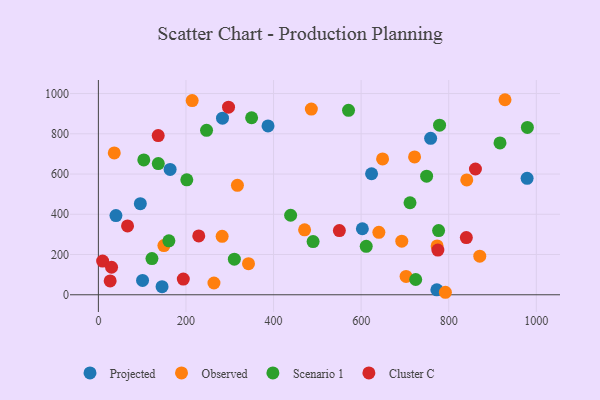
{"axis": {"x": "Investment", "y": "Exam Score"}, "legend": ["Cluster C", "Observed", "Projected", "Scenario 1"], "data": [{"x": "95.8", "y": 452.7, "type": "Projected"}, {"x": "602.8", "y": 328.1, "type": "Projected"}, {"x": "979.0", "y": 578.7, "type": "Projected"}, {"x": "623.8", "y": 601.5, "type": "Projected"}, {"x": "283.4", "y": 877.5, "type": "Projected"}, {"x": "145.4", "y": 40.0, "type": "Projected"}, {"x": "772.9", "y": 24.5, "type": "Projected"}, {"x": "758.7", "y": 777.5, "type": "Projected"}, {"x": "387.4", "y": 838.9, "type": "Projected"}, {"x": "100.9", "y": 71.5, "type": "Projected"}, {"x": "163.8", "y": 622.9, "type": "Projected"}, {"x": "40.1", "y": 393.4, "type": "Projected"}, {"x": "640.5", "y": 310.4, "type": "Observed"}, {"x": "870.9", "y": 191.7, "type": "Observed"}, {"x": "841.2", "y": 570.9, "type": "Observed"}, {"x": "263.9", "y": 58.4, "type": "Observed"}, {"x": "792.4", "y": 12.4, "type": "Observed"}, {"x": "317.5", "y": 543.9, "type": "Observed"}, {"x": "722.0", "y": 685.1, "type": "Observed"}, {"x": "649.0", "y": 675.2, "type": "Observed"}, {"x": "282.6", "y": 290.4, "type": "Observed"}, {"x": "342.8", "y": 154.5, "type": "Observed"}, {"x": "470.9", "y": 322.8, "type": "Observed"}, {"x": "149.6", "y": 244.5, "type": "Observed"}, {"x": "928.5", "y": 969.3, "type": "Observed"}, {"x": "486.3", "y": 922.7, "type": "Observed"}, {"x": "692.8", "y": 266.5, "type": "Observed"}, {"x": "773.5", "y": 242.8, "type": "Observed"}, {"x": "702.6", "y": 91.3, "type": "Observed"}, {"x": "36.3", "y": 705.1, "type": "Observed"}, {"x": "214.2", "y": 965.0, "type": "Observed"}, {"x": "724.6", "y": 75.8, "type": "Scenario 1"}, {"x": "103.7", "y": 670.0, "type": "Scenario 1"}, {"x": "776.9", "y": 319.1, "type": "Scenario 1"}, {"x": "749.5", "y": 589.4, "type": "Scenario 1"}, {"x": "439.0", "y": 395.2, "type": "Scenario 1"}, {"x": "247.0", "y": 817.2, "type": "Scenario 1"}, {"x": "711.6", "y": 457.3, "type": "Scenario 1"}, {"x": "161.0", "y": 268.2, "type": "Scenario 1"}, {"x": "571.2", "y": 916.6, "type": "Scenario 1"}, {"x": "122.3", "y": 180.1, "type": "Scenario 1"}, {"x": "310.5", "y": 177.0, "type": "Scenario 1"}, {"x": "979.6", "y": 831.7, "type": "Scenario 1"}, {"x": "201.9", "y": 571.0, "type": "Scenario 1"}, {"x": "136.8", "y": 651.8, "type": "Scenario 1"}, {"x": "611.6", "y": 241.0, "type": "Scenario 1"}, {"x": "917.1", "y": 754.7, "type": "Scenario 1"}, {"x": "779.1", "y": 842.6, "type": "Scenario 1"}, {"x": "349.9", "y": 879.8, "type": "Scenario 1"}, {"x": "490.3", "y": 264.5, "type": "Scenario 1"}, {"x": "26.9", "y": 68.6, "type": "Cluster C"}, {"x": "9.7", "y": 167.6, "type": "Cluster C"}, {"x": "840.2", "y": 284.3, "type": "Cluster C"}, {"x": "775.2", "y": 221.9, "type": "Cluster C"}, {"x": "66.6", "y": 342.1, "type": "Cluster C"}, {"x": "229.2", "y": 292.5, "type": "Cluster C"}, {"x": "30.1", "y": 136.8, "type": "Cluster C"}, {"x": "193.9", "y": 78.2, "type": "Cluster C"}, {"x": "297.2", "y": 932.2, "type": "Cluster C"}, {"x": "550.3", "y": 319.2, "type": "Cluster C"}, {"x": "861.0", "y": 625.1, "type": "Cluster C"}, {"x": "136.6", "y": 791.1, "type": "Cluster C"}]}